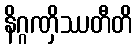
နိဂ္ဂဏှိဿတီတိ